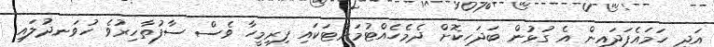
އަދި ހަމައެފަދައިން އެ ގުޅުން ބަދަހިކޮށް ދެމެހެއްޓުމަށްޓަކައި ފިރިމީހާ ވެސް ސާފުތާހިރުވެ ހުވަނދުލައި